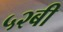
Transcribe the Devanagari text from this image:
५२बी